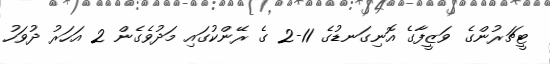
ޓީޗަރުންގެ ވަޒީފާގެ އޮނިގަނޑުގެ 11-2 ގެ ރޭންކުގައި މަދުވެގެން 2 އަހަރު ދުވަހު